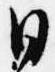
日